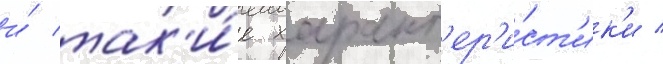
и́ так'и́е характ'ер'и́ст'ик'и /